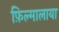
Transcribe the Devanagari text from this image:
फ़िल्मालाया